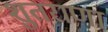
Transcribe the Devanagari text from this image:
शुतराणा